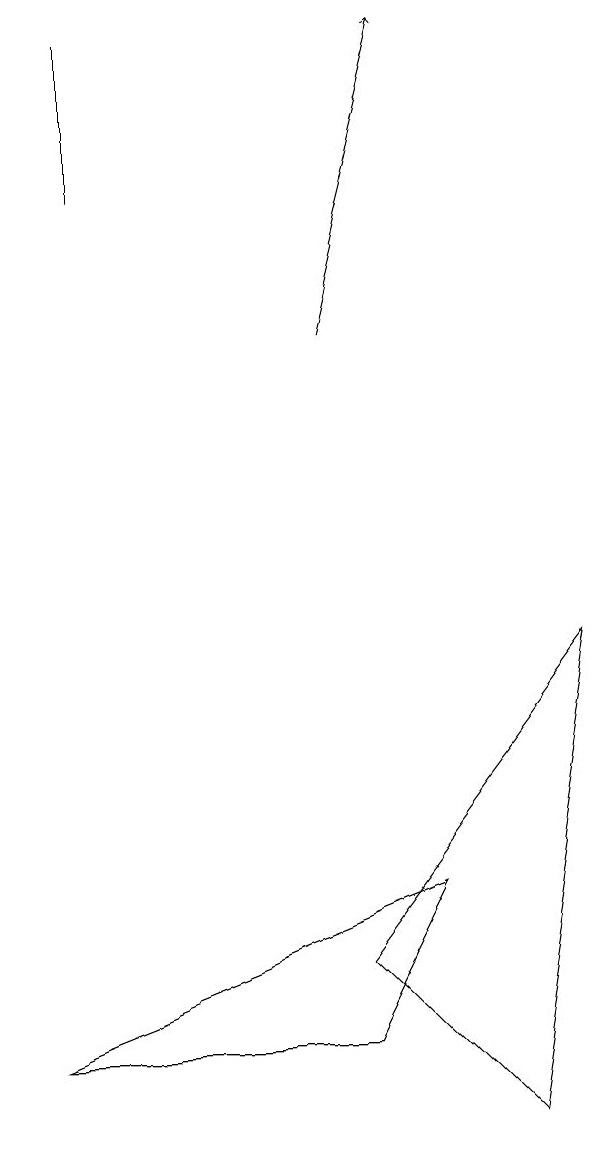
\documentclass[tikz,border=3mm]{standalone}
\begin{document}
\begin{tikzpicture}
\draw (1,15) rectangle (1,13);
\draw (4,2) -- (5,4) -- (0,2) -- cycle;
\draw (4,3) -- (7,7) -- (6,1) -- cycle;
\draw[->] (4,11) -- (5,15);
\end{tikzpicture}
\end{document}